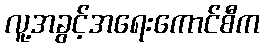
လူ့အခွင့်အရေးကောင်စီက